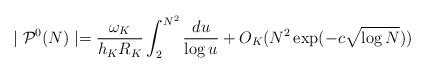
LaTeX: \begin{align*} \mid \mathcal P^0(N)\mid =\frac{\omega_K}{h_K R_K} \int_2^{N^2} \frac{du}{\log u} +O_K( N^2 \exp(-c\sqrt{\log N}))\end{align*}